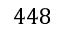
4 4 8